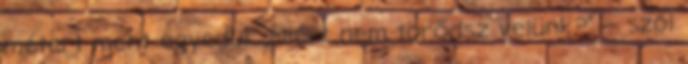
métert ment egyedül. „Miért nem törődsz velünk?” – szól